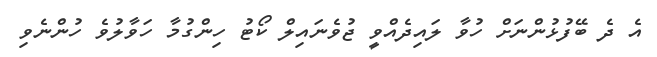
އެ ދެ ބޭފުޅުންނަށް ހުވާ ލައިދެއްވީ ޖުވެނައިލް ކޯޓު ހިންގުމާ ހަވާލުވެ ހުންނެވި